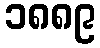
၁၈၈၉